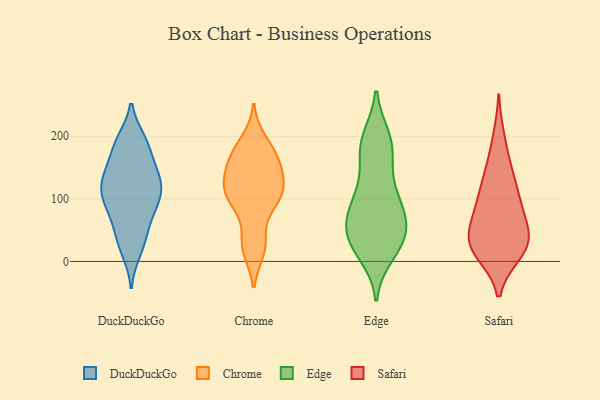
{"axis": {"x": "Backlog", "y": "Value"}, "legend": ["Chrome", "DuckDuckGo", "Edge", "Safari"], "data": [{"x": "", "y": 52, "type": "DuckDuckGo"}, {"x": "", "y": 39, "type": "DuckDuckGo"}, {"x": "", "y": 192, "type": "DuckDuckGo"}, {"x": "", "y": 110, "type": "DuckDuckGo"}, {"x": "", "y": 83, "type": "DuckDuckGo"}, {"x": "", "y": 194, "type": "DuckDuckGo"}, {"x": "", "y": 139, "type": "DuckDuckGo"}, {"x": "", "y": 121, "type": "DuckDuckGo"}, {"x": "", "y": 131, "type": "DuckDuckGo"}, {"x": "", "y": 90, "type": "DuckDuckGo"}, {"x": "", "y": 173, "type": "DuckDuckGo"}, {"x": "", "y": 15, "type": "DuckDuckGo"}, {"x": "", "y": 145, "type": "DuckDuckGo"}, {"x": "", "y": 99, "type": "DuckDuckGo"}, {"x": "", "y": 105, "type": "Chrome"}, {"x": "", "y": 152, "type": "Chrome"}, {"x": "", "y": 86, "type": "Chrome"}, {"x": "", "y": 192, "type": "Chrome"}, {"x": "", "y": 30, "type": "Chrome"}, {"x": "", "y": 25, "type": "Chrome"}, {"x": "", "y": 111, "type": "Chrome"}, {"x": "", "y": 136, "type": "Chrome"}, {"x": "", "y": 19, "type": "Chrome"}, {"x": "", "y": 170, "type": "Chrome"}, {"x": "", "y": 172, "type": "Chrome"}, {"x": "", "y": 169, "type": "Chrome"}, {"x": "", "y": 137, "type": "Chrome"}, {"x": "", "y": 105, "type": "Chrome"}, {"x": "", "y": 103, "type": "Chrome"}, {"x": "", "y": 117, "type": "Chrome"}, {"x": "", "y": 63, "type": "Edge"}, {"x": "", "y": 22, "type": "Edge"}, {"x": "", "y": 166, "type": "Edge"}, {"x": "", "y": 54, "type": "Edge"}, {"x": "", "y": 189, "type": "Edge"}, {"x": "", "y": 84, "type": "Edge"}, {"x": "", "y": 73, "type": "Edge"}, {"x": "", "y": 178, "type": "Edge"}, {"x": "", "y": 114, "type": "Edge"}, {"x": "", "y": 192, "type": "Edge"}, {"x": "", "y": 94, "type": "Edge"}, {"x": "", "y": 33, "type": "Edge"}, {"x": "", "y": 197, "type": "Edge"}, {"x": "", "y": 33, "type": "Edge"}, {"x": "", "y": 31, "type": "Edge"}, {"x": "", "y": 44, "type": "Edge"}, {"x": "", "y": 12, "type": "Edge"}, {"x": "", "y": 81, "type": "Edge"}, {"x": "", "y": 122, "type": "Edge"}, {"x": "", "y": 159, "type": "Safari"}, {"x": "", "y": 36, "type": "Safari"}, {"x": "", "y": 87, "type": "Safari"}, {"x": "", "y": 33, "type": "Safari"}, {"x": "", "y": 198, "type": "Safari"}, {"x": "", "y": 79, "type": "Safari"}, {"x": "", "y": 105, "type": "Safari"}, {"x": "", "y": 131, "type": "Safari"}, {"x": "", "y": 76, "type": "Safari"}, {"x": "", "y": 17, "type": "Safari"}, {"x": "", "y": 13, "type": "Safari"}, {"x": "", "y": 126, "type": "Safari"}, {"x": "", "y": 14, "type": "Safari"}, {"x": "", "y": 47, "type": "Safari"}, {"x": "", "y": 24, "type": "Safari"}, {"x": "", "y": 43, "type": "Safari"}]}